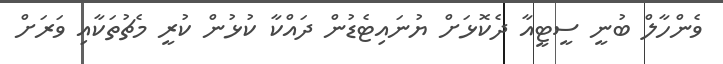
ވެންހާލް ބުނީ ސީޓީއާ ދެކޮޅަށް ޔުނައިޓެޑުން ދައްކާ ކުޅުން ކުރީ މެޗުތަކާއި ވަރަށް